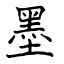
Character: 墨